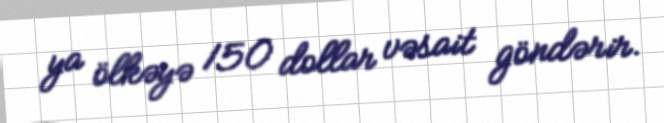
ya ölkəyə 150 dollar vəsait göndərir.